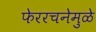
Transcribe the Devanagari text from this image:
फेररचनेमुळे